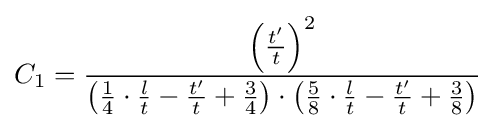
{C_{1}}={\frac {\left({\frac {t'}{t}}\right)^{2}}{\left({\frac {1}{4}}\cdot {\frac {l}{t}}-{\frac {t'}{t}}+{\frac {3}{4}}\right)\cdot {\left({\frac {5}{8}}\cdot {\frac {l}{t}}-{\frac {t'}{t}}+{\frac {3}{8}}\right)}}}